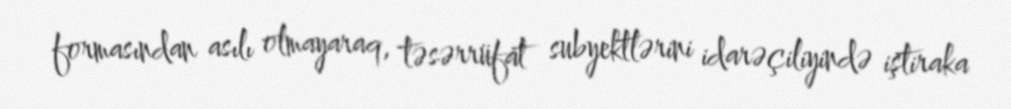
formasından asılı olmayaraq, təsərrüfat subyektlərini idarəçiliyində iştiraka